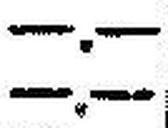
—.—